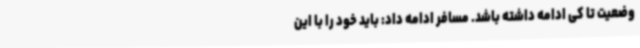
وضعیت تا کی ادامه داشته باشد. مسافر ادامه داد: باید خود را با این